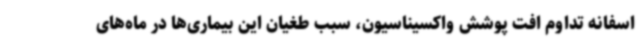
اسفانه تداوم افت پوشش واکسیناسیون، سبب طغیان این بیماری‌ها در ماه‌های